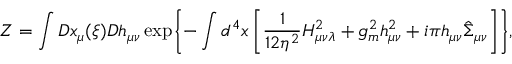
{ \cal Z } = \int { \cal D } x _ { \mu } ( \xi ) { \cal D } h _ { \mu \nu } \exp \Biggl \{ - \int d ^ { 4 } x \left[ \frac 1 { 1 2 \eta ^ { 2 } } H _ { \mu \nu \lambda } ^ { 2 } + g _ { m } ^ { 2 } h _ { \mu \nu } ^ { 2 } + i \pi h _ { \mu \nu } \hat { \Sigma } _ { \mu \nu } \right] \Biggr \} ,